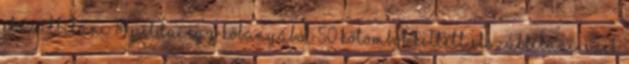
elszállítani 14.példa: Egy kőbányából 50 kőtömböt kellett elszállítani. Ezek